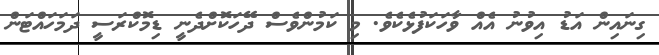
ގިނައިން އަޑު އިވުނު އެއް ވާހަކަފުޅެކެވެ. މި ކަމުންވެސް ދޭހަކޮށްދެނީ ޑިމޮކްރަސީ ދަމަހައްޓަން